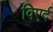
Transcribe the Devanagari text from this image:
विएर्द